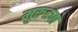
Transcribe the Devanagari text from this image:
मुरुडचा